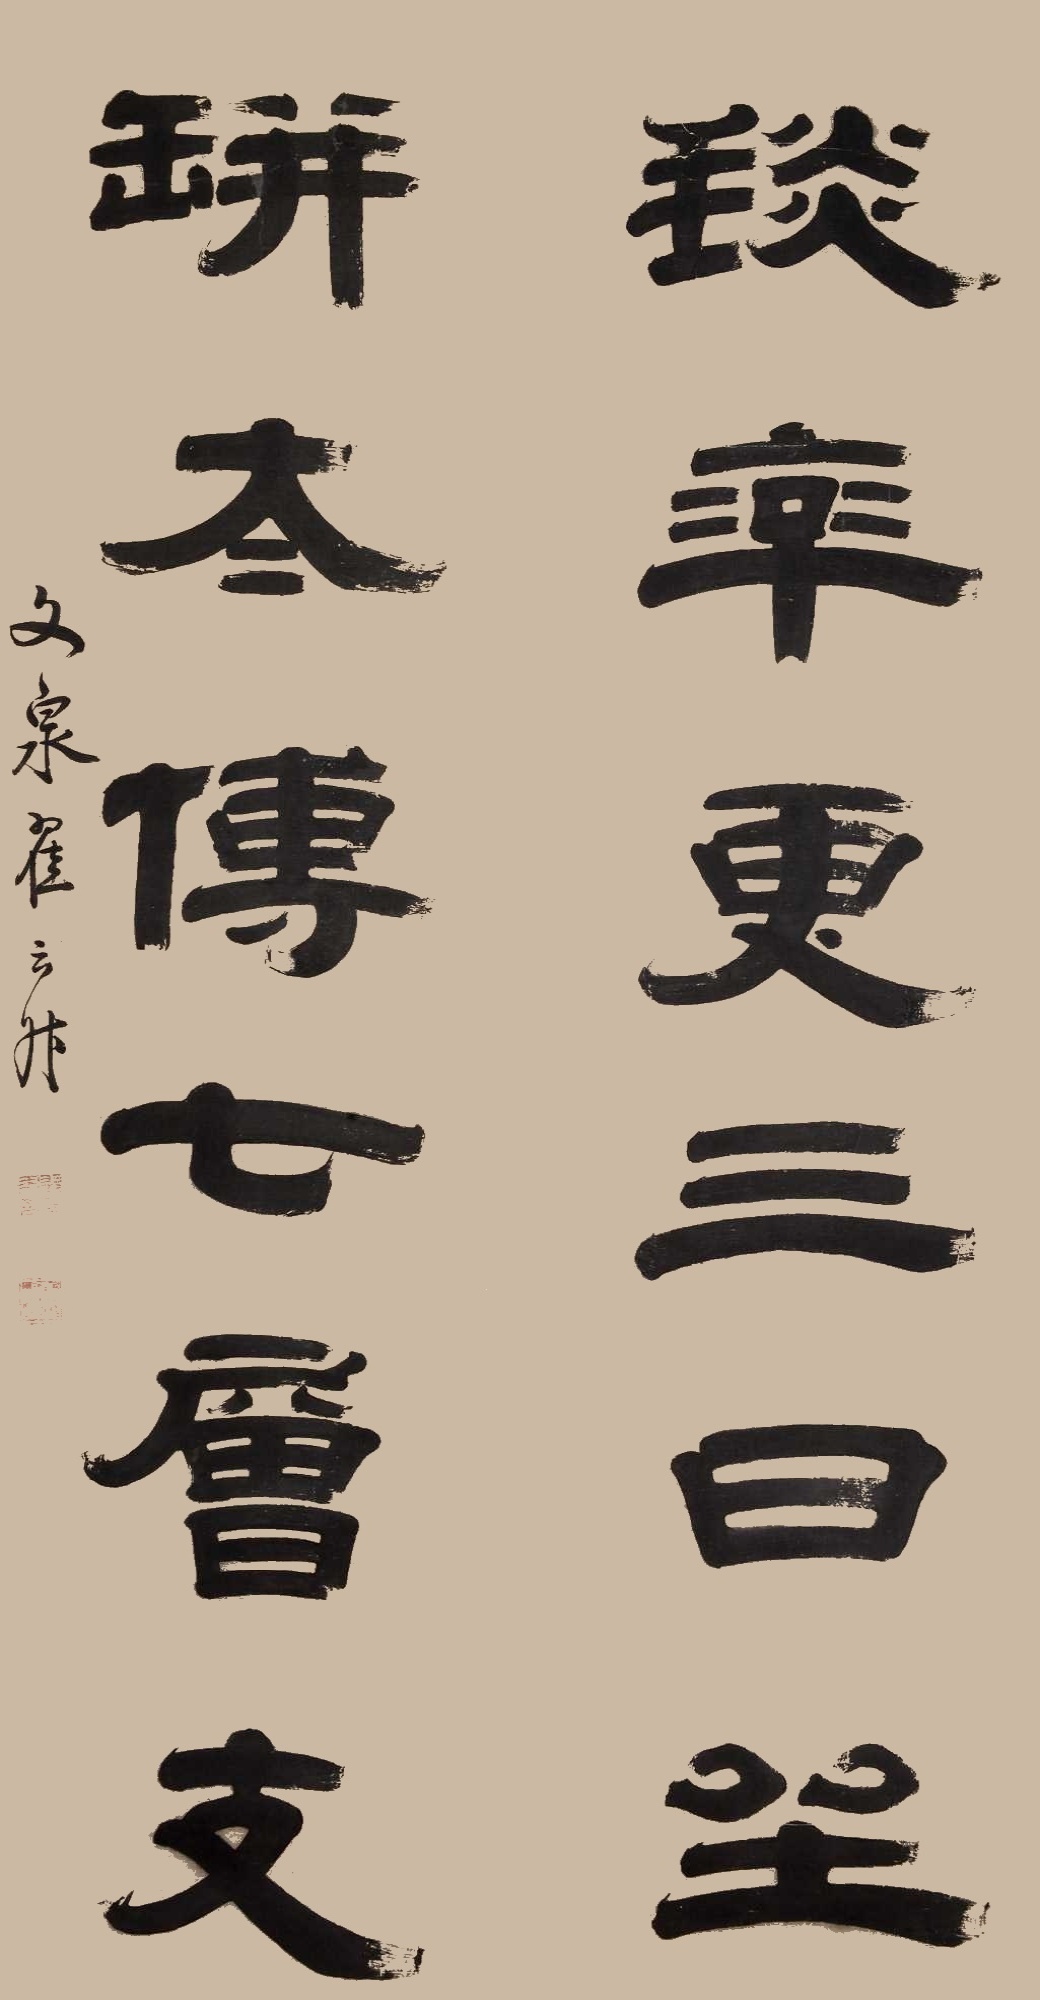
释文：琰率更三曰，缾太传七层支。文泉翟云升